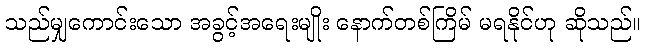
သည်မျှကောင်းသော အခွင့်အရေးမျိုး နောက်တစ်ကြိမ် မရနိုင်ဟု ဆိုသည်။